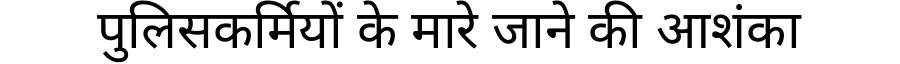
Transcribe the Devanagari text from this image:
पुलिसकर्मियों के मारे जाने की आशंका